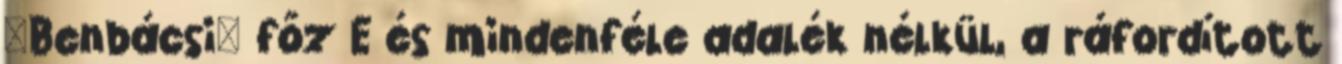
"Benbácsi" főz E és mindenféle adalék nélkül, a ráfordított